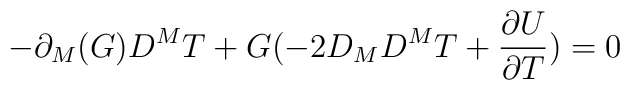
-\partial_{M}(G)D^{M}T+G(-2D_{M}D^{M}T+\frac{\partial U}{\partial T})=0